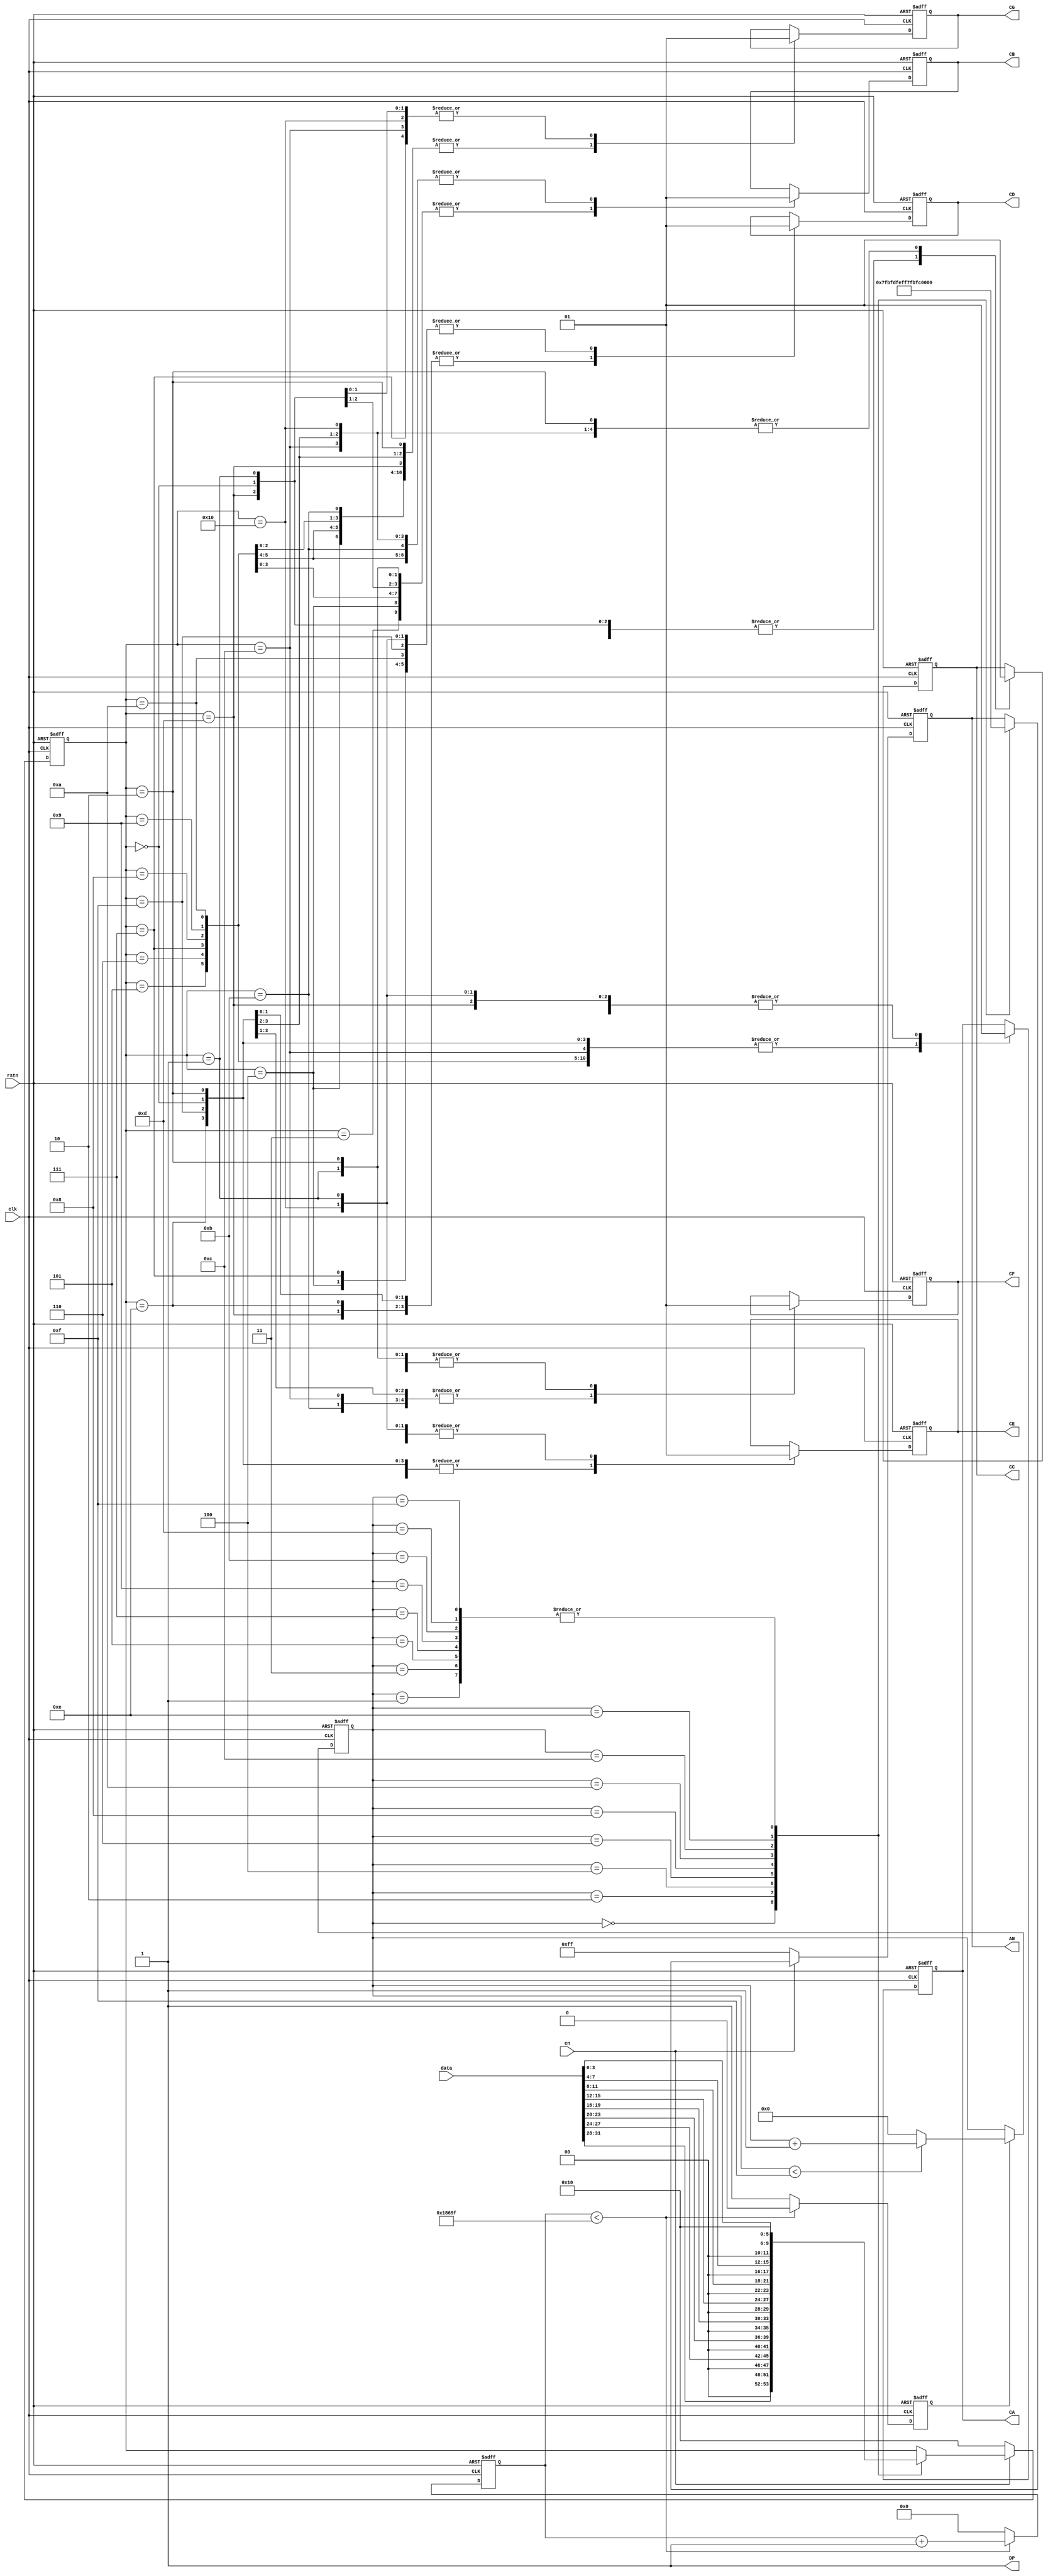
`timescale 1ns / 1ps
//////////////////////////////////////////////////////////////////////////////////
// Company: 
// Engineer: 
// 
// Design Name: 
// Module Name: led
// Project Name: 
// Target Devices: 
// Tool Versions: 
// Description: 
// 
// Dependencies: 
// 
// Revision:
// Revision 0.01 - File Created
// Additional Comments:
// 
//////////////////////////////////////////////////////////////////////////////////

module display (
    input clk,
    input en,
    input rstn,
    input [31:0] data,
    output reg CA,
    output reg CB,
    output reg CC,
    output reg CD,
    output reg CE,
    output reg CF,
    output reg CG,
    output DP,
    output reg [7:0] AN
);
  parameter CLK_FREQUENCY = 100_000_000;
  localparam MAX_COUNTER = CLK_FREQUENCY / 1000;  // 1ms needs number of counter  

  reg [31:0] counter;  // counter for 1ms
  reg        one_ms;  // 1ms one_ms
  reg [ 7:0] counter_AN;  // counter for AN enable , counter 0-15 for 8 AN
  reg [ 5:0] number_display;  // display number

  assign DP = 1'b1;

  // use counter to creat 1ms delay signl
  always @(posedge clk or negedge rstn) begin
    if (!rstn) begin
      counter <= 32'b0;
      one_ms  <= 1'b0;
    end else if (counter < MAX_COUNTER - 1) begin
      counter <= counter + 1'b1;
      one_ms  <= 1'b0;
    end else begin
      counter <= 32'b0;
      one_ms  <= 1'b1;
    end
  end

  // change counter_AN for one_ms
  always @(posedge clk or negedge rstn) begin
    if (!rstn) begin
      counter_AN <= 8'b0;
    end else if (one_ms) begin
      if (counter_AN < 8'd15) counter_AN <= counter_AN + 1'b1;
      else counter_AN <= 8'b0;
    end
  end

  // change AN and number_display driver by one_ms (1ms)
  always @(posedge clk or negedge rstn) begin
    if (!rstn) begin
      AN <= 8'b11111111;
      number_display <= 5'd16;
    end else if (en) begin
      case (counter_AN)
        // 0 index
        8'd0: begin
          AN <= 8'b01111111;
          number_display <= {1'b0, data[31:28]};
        end
        8'd1: begin
          AN <= 8'b11111111;
          number_display <= 5'd16;
        end
        // 1 index
        8'd2: begin
          AN <= 8'b10111111;
          number_display <= {1'b0, data[27:24]};
        end
        8'd3: begin
          AN <= 8'b11111111;
          number_display <= 5'd16;
        end
        // 2 index
        8'd4: begin
          AN <= 8'b11011111;
          number_display <= {1'b0, data[23:20]};
        end
        8'd5: begin
          AN <= 8'b11111111;
          number_display <= 5'd16;
        end
        // 3 index
        8'd6: begin
          AN <= 8'b11101111;
          number_display <= {1'b0, data[19:16]};
        end
        8'd7: begin
          AN <= 8'b11111111;
          number_display <= 5'd16;
        end
        // 4 index
        8'd8: begin
          AN <= 8'b11110111;
          number_display <= {1'b0, data[15:12]};
        end
        8'd9: begin
          AN <= 8'b11111111;
          number_display <= 5'd16;
        end
        // 5 index
        8'd10: begin
          AN <= 8'b11111011;
          number_display <= {1'b0, data[11:8]};
        end
        8'd11: begin
          AN <= 8'b11111111;
          number_display <= 5'd16;
        end
        // 6 index
        8'd12: begin
          AN <= 8'b11111101;
          number_display <= {1'b0, data[7:4]};
        end
        8'd13: begin
          AN <= 8'b11111111;
          number_display <= 5'd16;
        end
        // 7 index
        8'd14: begin
          AN <= 8'b11111110;
          number_display <= {1'b0, data[3:0]};
        end
        8'd15: begin
          AN <= 8'b11111111;
          number_display <= 5'd16;
        end
      endcase
    end else begin
      AN <= 8'b11111111;
      number_display <= 5'd16;
    end
  end

  always @(posedge clk or negedge rstn) begin
    if (!rstn) begin
      CG <= 1'b1;
      CF <= 1'b1;
      CE <= 1'b1;
      CD <= 1'b1;
      CC <= 1'b1;
      CB <= 1'b1;
      CA <= 1'b1;
    end else
      case (number_display)
        5'd0: begin
          // b1000000
          CG <= 1'b1;
          CF <= 1'b0;
          CE <= 1'b0;
          CD <= 1'b0;
          CC <= 1'b0;
          CB <= 1'b0;
          CA <= 1'b0;

        end
        5'd1: begin
          // b1111001
          CG <= 1'b1;
          CF <= 1'b1;
          CE <= 1'b1;
          CD <= 1'b1;
          CC <= 1'b0;
          CB <= 1'b0;
          CA <= 1'b1;
        end
        5'd2: begin
          // b0100100
          CG <= 1'b0;
          CF <= 1'b1;
          CE <= 1'b0;
          CD <= 1'b0;
          CC <= 1'b1;
          CB <= 1'b0;
          CA <= 1'b0;
        end
        5'd3: begin
          // b0110000
          CG <= 1'b0;
          CF <= 1'b1;
          CE <= 1'b1;
          CD <= 1'b0;
          CC <= 1'b0;
          CB <= 1'b0;
          CA <= 1'b0;

        end
        5'd4: begin
          // b0011001
          CG <= 1'b0;
          CF <= 1'b0;
          CE <= 1'b1;
          CD <= 1'b1;
          CC <= 1'b0;
          CB <= 1'b0;
          CA <= 1'b1;
        end
        5'd5: begin
          // b0010010
          CG <= 1'b0;
          CF <= 1'b0;
          CE <= 1'b1;
          CD <= 1'b0;
          CC <= 1'b0;
          CB <= 1'b1;
          CA <= 1'b0;
        end
        5'd6: begin
          // b0000010
          CG <= 1'b0;
          CF <= 1'b0;
          CE <= 1'b0;
          CD <= 1'b0;
          CC <= 1'b0;
          CB <= 1'b1;
          CA <= 1'b0;

        end
        5'd7: begin
          // b1111000
          CG <= 1'b1;
          CF <= 1'b1;
          CE <= 1'b1;
          CD <= 1'b1;
          CC <= 1'b0;
          CB <= 1'b0;
          CA <= 1'b0;
        end
        5'd8: begin
          // b0000000
          CG <= 1'b0;
          CF <= 1'b0;
          CE <= 1'b0;
          CD <= 1'b0;
          CC <= 1'b0;
          CB <= 1'b0;
          CA <= 1'b0;
        end
        5'd9: begin
          // b0010000
          CG <= 1'b0;
          CF <= 1'b0;
          CE <= 1'b1;
          CD <= 1'b0;
          CC <= 1'b0;
          CB <= 1'b0;
          CA <= 1'b0;

        end
        5'd10: begin
          // b0001000
          CG <= 1'b0;
          CF <= 1'b0;
          CE <= 1'b0;
          CD <= 1'b1;
          CC <= 1'b0;
          CB <= 1'b0;
          CA <= 1'b0;
        end
        5'd11: begin
          // b0000011
          CG <= 1'b0;
          CF <= 1'b0;
          CE <= 1'b0;
          CD <= 1'b0;
          CC <= 1'b0;
          CB <= 1'b1;
          CA <= 1'b1;
        end
        5'd12: begin
          // b1000110
          CG <= 1'b1;
          CF <= 1'b0;
          CE <= 1'b0;
          CD <= 1'b0;
          CC <= 1'b1;
          CB <= 1'b1;
          CA <= 1'b0;
        end
        5'd13: begin
          // b0100001
          CG <= 1'b0;
          CF <= 1'b1;
          CE <= 1'b0;
          CD <= 1'b0;
          CC <= 1'b0;
          CB <= 1'b0;
          CA <= 1'b1;

        end
        5'd14: begin
          // b0000110
          CG <= 1'b0;
          CF <= 1'b0;
          CE <= 1'b0;
          CD <= 1'b0;
          CC <= 1'b1;
          CB <= 1'b1;
          CA <= 1'b0;
        end
        5'd15: begin
          // b0001110
          CG <= 1'b0;
          CF <= 1'b0;
          CE <= 1'b0;
          CD <= 1'b1;
          CC <= 1'b1;
          CB <= 1'b1;
          CA <= 1'b0;
        end
        5'd16: begin
          // b1111111
          CG <= 1'b1;
          CF <= 1'b1;
          CE <= 1'b1;
          CD <= 1'b1;
          CC <= 1'b1;
          CB <= 1'b1;
          CA <= 1'b1;
        end
      endcase
  end

endmodule